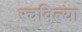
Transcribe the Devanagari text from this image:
रचविल्या